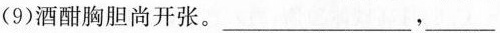
(9)酒酣胸胆尚开张。___，___